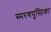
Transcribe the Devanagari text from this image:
स्मरणपुस्तिका